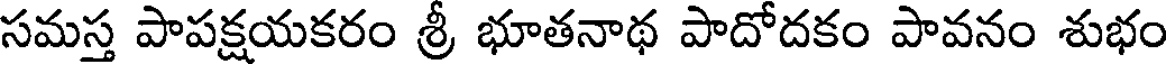
సమస్త పాపక్షయకరం శ్రీ భూతనాథ పాదోదకం పావనం శుభం